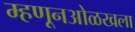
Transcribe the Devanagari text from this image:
म्हणूनओळखला